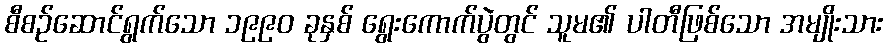
စီစဉ်ဆောင်ရွက်သော ၁၉၉၀ ခုနှစ် ရွေးကောက်ပွဲတွင် သူမ၏ ပါတီဖြစ်သော အမျိုးသား